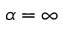
\alpha = \infty